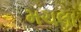
મચલા